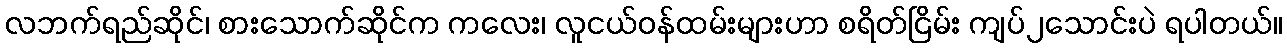
လဘက်ရည်ဆိုင်၊ စားသောက်ဆိုင်က ကလေး၊ လူငယ်ဝန်ထမ်းများဟာ စရိတ်ငြိမ်း ကျပ်၂သောင်းပဲ ရပါတယ်။